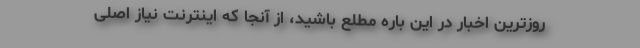
روزترین اخبار در این باره مطلع باشید، از آنجا که اینترنت نیاز اصلی